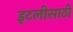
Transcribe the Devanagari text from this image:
इटलीसाठी